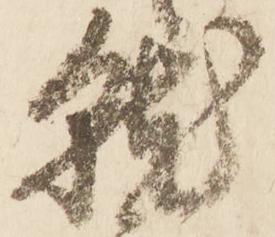
就